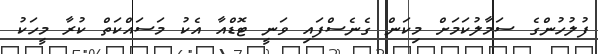
ފުލުހުންގެ ސަމާލުކަމަށް މިކަން ގެނެސްފައި ވަނީ ޓޮޑްއާ އެކު މަސައްކަތް ކުރާ މީހަކު